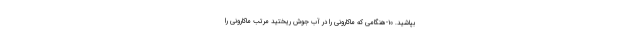
بپاشید. ۱۰-هنگامی که ماکارونی را در آب جوش ریختید مرتب ماکارونی را